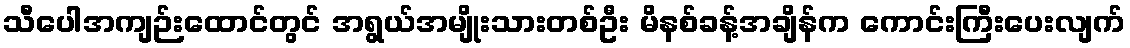
သီပေါအကျဉ်းထောင်တွင် အရွယ်အမျိုးသားတစ်ဦး မိနစ်ခန့်အချိန်က ကောင်းကြီးပေးလျက်